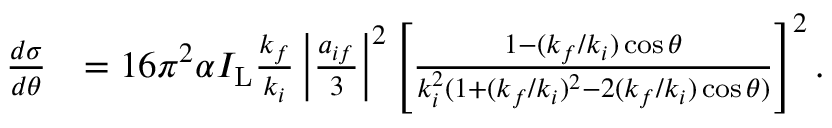
\begin{array} { r l } { \frac { d \sigma } { d \theta } } & { = 1 6 \pi ^ { 2 } \alpha I _ { \mathrm { L } } \frac { k _ { f } } { k _ { i } } \left\vert \frac { a _ { i f } } { 3 } \right\vert ^ { 2 } \left[ \frac { 1 - ( k _ { f } / k _ { i } ) \cos \theta } { k _ { i } ^ { 2 } ( 1 + ( k _ { f } / k _ { i } ) ^ { 2 } - 2 ( k _ { f } / k _ { i } ) \cos \theta ) } \right] ^ { 2 } . } \end{array}